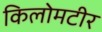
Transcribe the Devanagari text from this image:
किलोमटीर